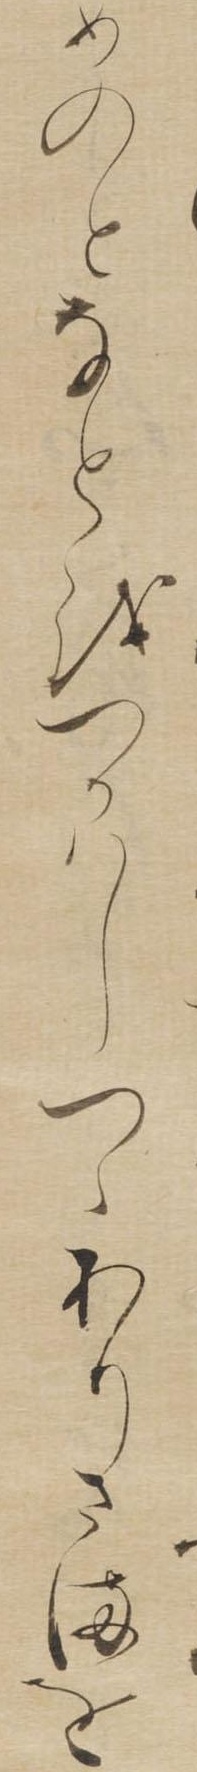
めのとなとをつかはしつゝありさまを